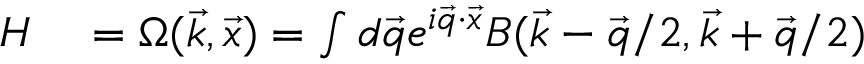
\begin{array} { r l } { H } & { { } = \Omega ( \vec { k } , \vec { x } ) = \int d \vec { q } e ^ { i \vec { q } \cdot \vec { x } } B ( \vec { k } - \vec { q } / 2 , \vec { k } + \vec { q } / 2 ) } \end{array}